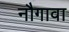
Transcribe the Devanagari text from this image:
नौगावा